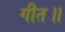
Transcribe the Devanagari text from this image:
गीत॥